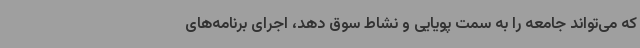
که می‌تواند جامعه را به سمت پویایی و نشاط سوق دهد، اجرای برنامه‌های